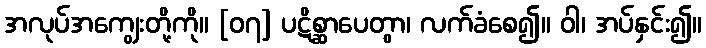
အလုပ်အကျွေးတို့ကို။ [၀၇] ပဋိစ္ဆာပေတွာ၊ လက်ခံစေ၍။ ဝါ၊ အပ်နှင်း၍။